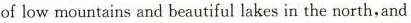
of low mountains and beautiful lakes in the north,and